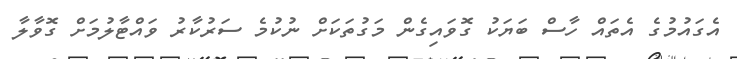
އެގައުމުގެ އެތައް ހާސް ބަޔަކު ގޮވައިގެން މަގުތަކަށް ނުކުމެ ސަރުކާރު ވައްޓާލުމަށް ގޮވާލާ